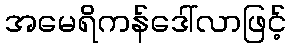
အမေရိကန်ဒေါ်လာဖြင့်